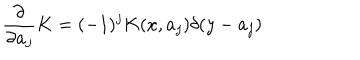
{ \frac { \partial } { \partial a _ { j } } } K = ( - 1 ) ^ { j } K ( x , a _ { j } ) \delta ( y - a _ { j } )